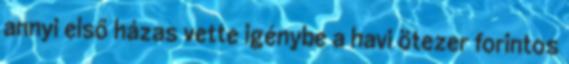
annyi első házas vette igénybe a havi ötezer forintos